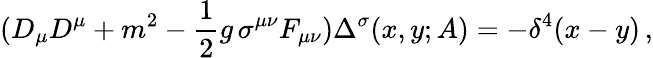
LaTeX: (D_{\mu}D^{\mu}+m^{2}-{\frac{1}{2}}g\, \sigma^{\mu\nu}F_{\mu\nu})\Delta^{\sigma}(x,y;A)=-\delta^{4}(x-y)\, ,